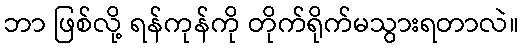
ဘာ ဖြစ်လို့ ရန်ကုန်ကို တိုက်ရိုက်မသွားရတာလဲ။